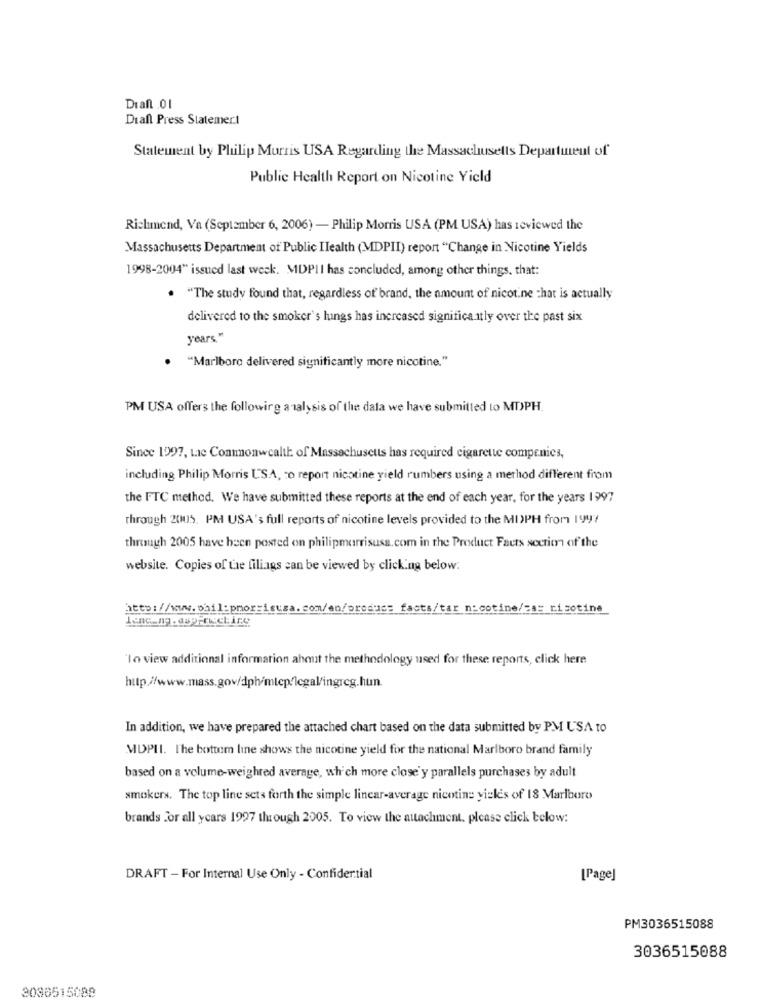
Dianl 01
Diall Press Statemert
Statement by Philip Morris USA Regarding the Massachusetts Department of
Public Health Report on Nicotine Yield
Richmond, Va (September 6, 2006) - Philip Morris USA (PM USA) has reviewed the
Massachusetts Department of Public Ilealth (MDPII) report "Change in Nicotine Yields
1998-2004" issued last week. MDPII has concluded, among other things, that:
. "The study found that, regardless of brand, the amount of nicot.ne =hat is actually
delivered to the smoker's lungs has increased significantly over the past six
years."
. "Marlboro delivered significantly more nicotine."
PM USA offers the following analysis of the data we have submitted to MDPH.
Since 1997, tae Commonwealth: of Massachusetts has required cigarette compenics,
including Philip Morris USA, co report nicotine yield rumbers using a method different from
the FTC method. We have submitted these reports at the end of each year, for the years 1997
through 2005. PM USA's full reports of nicotine levels provided to the MI)PH from lyy/
through 2005 have been posted on philipmorrisusa.com in the Product Facts section of the
website. Copies of the filiags can be viewed by clicking below.
http://www.philipmorrisusa.com/en/produce facts/tar nicotine/=as nicotine
'Io view additional information about the methodology used for these reports, click here
In addition, we have prepared the attached chart based on the data submitted by PM USA to
MDPII. The bottom line shows the nicotine yield for the national Marlboro brand family
based on a volume-weighted average, which more close' y parallels purchases by adult
smokers. The top line sets forth the simple linear-average nicotine yizles of 18 Marlboro
brands for all ycars 1997 through 2005. To view the attachment. please click below:
DRAFT - For Internal Use Only - Confidential
[Page]
PM3036515088
3036515088
3036515088